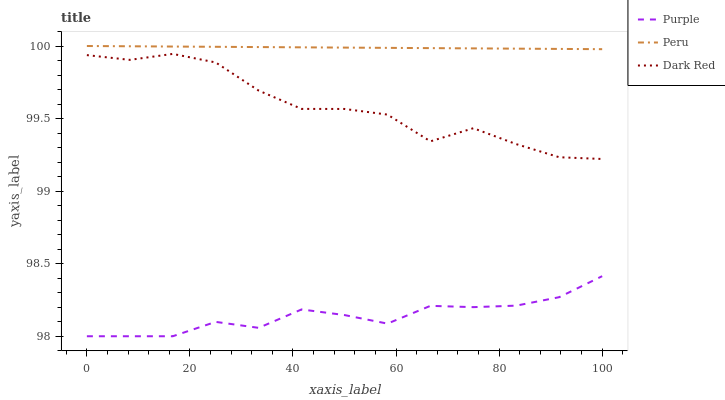
| xaxis_label | Purple | Peru | Dark Red |
 | --- | --- | --- | --- |
 | 0 | 98 | 100 | 99.9 |
 | 8.33 | 98 | 100 | 99.9 |
 | 16.7 | 98 | 100 | 99.9 |
 | 25 | 98.1 | 100 | 99.9 |
 | 33.3 | 98.1 | 100 | 99.7 |
 | 41.7 | 98.2 | 100 | 99.6 |
 | 50 | 98.1 | 100 | 99.6 |
 | 58.3 | 98.1 | 100 | 99.5 |
 | 66.7 | 98.2 | 100 | 99.3 |
 | 75 | 98.2 | 100 | 99.4 |
 | 83.3 | 98.2 | 100 | 99.3 |
 | 91.7 | 98.3 | 100 | 99.2 |
 | 100 | 98.4 | 100 | 99.2 |